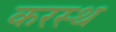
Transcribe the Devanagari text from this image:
करस्थ